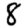
Digit: 8